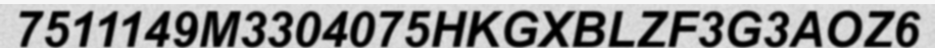
7511149M3304075HKGXBLZF3G3AOZ6